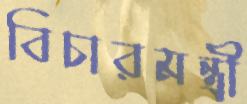
বিচারমন্ত্রী